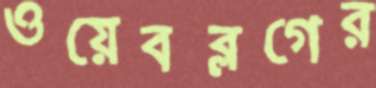
ওয়েবব্লগের